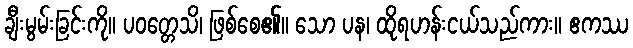
ချီးမွမ်းခြင်းကို။ ပဝတ္တေသိ၊ ဖြစ်စေ၏။ သော ပန၊ ထိုရဟန်းငယ်သည်ကား။ ဧကဿ